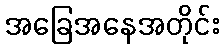
အခြေအနေအတိုင်း